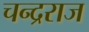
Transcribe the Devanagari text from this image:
चन्द्रराज